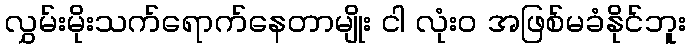
လွှမ်းမိုးသက်ရောက်နေတာမျိုး ငါ လုံးဝ အဖြစ်မခံနိုင်ဘူး